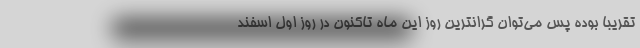
تقریبا بوده پس می‌توان گرانترین روز این ماه تاکنون در روز اول اسفند